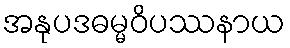
အနုပဒဓမ္မဝိပဿနာယ